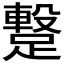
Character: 𮜋